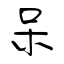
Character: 呆